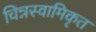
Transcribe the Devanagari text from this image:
चिन्नस्वामिकृत